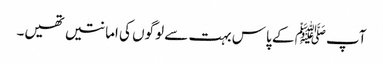
آپﷺ کے پاس بہت سے لوگوں کی امانتیں تھیں۔